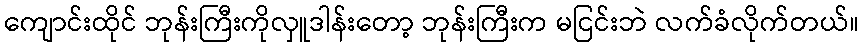
ကျောင်းထိုင် ဘုန်းကြီးကိုလှူဒါန်းတော့ ဘုန်းကြီးက မငြင်းဘဲ လက်ခံလိုက်တယ်။